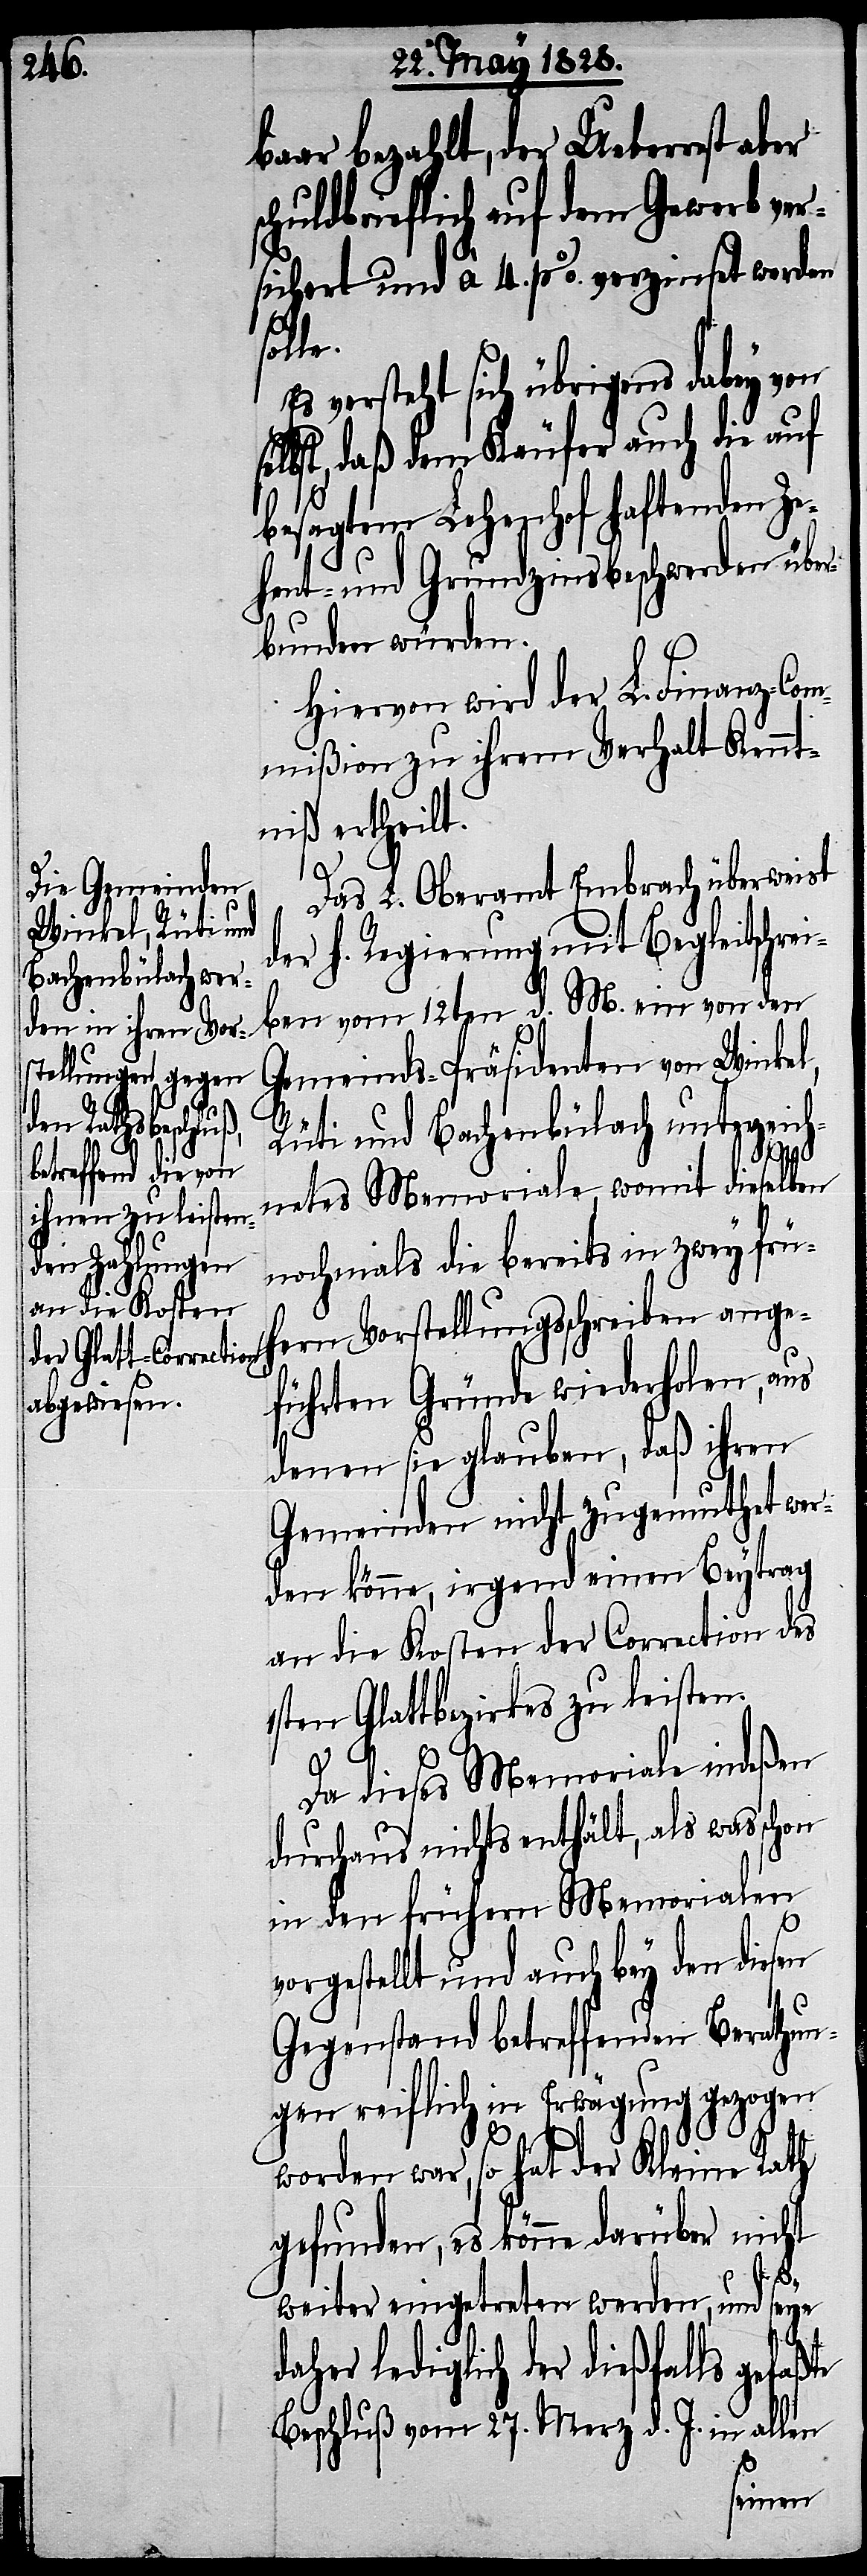
baar bezahlt, der Ueberrest aber
schuldbrieflich auf dem Gewerb ver¬
sichert und à 4. % verzinset werden
olle.
Es versteht sich übrigens dabey von
selbst, daß dem Käufer auch die auf
besagtem Lehenhof haftenden Z¬
ehent- und Grundzinsbeschwerden über¬
bunden würden.
Hiervon wird der L. Finanz-Com¬
mißion zu ihrem Verhalt Kennt¬
niß ertheilt.
Das L. Oberamt Embrach überweist
der h. Regierung mit Begleitschre¬
iben vom 12ten d. M. ein von den
Gemeinds-Präsidenten von Winkel,
Rüti und Bachenbülach unterzeich¬
netes Memoriale, womit dieselben
nochmals die bereits in zwey frü¬
hern Vorstellungsschreiben ange¬
führten Gründe wiederholen, aus
denen sie glauben, daß ihren
Gemeinde nicht zugemuthet wer¬
den könne, irgend einen Beytrag
an die Kosten der Correction des
1sten Glattbezirkes zu leisten.
Da dieses Memoriale indeßen
durchaus nichts enthält, als was schon
in den frühern Memorialen
vorgestellt und auch bey den diesen
Gegenstand betreffenden Berathun¬
gen reiflich in Erwägung gezogen
worden war, so hat der kleine Rath
gefunden, es könne darüber nicht
ßte
weiter eingetreten werden, und seye
lediglich der dießfalls gefa¬
Beschluß vom 27. Merz d. J. in allen